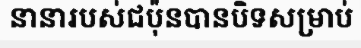
នានារបស់ជប៉ុនបានបិទសម្រាប់